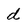
Character: d